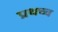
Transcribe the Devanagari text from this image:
प्रथच्च